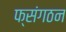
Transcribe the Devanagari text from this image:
फ्संगठन